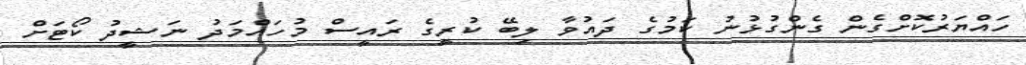
ހައްޔަރުކޮށްގެން ގެންގުޅުނު ކަމުގެ ދައުވާ ލިބޭ ކުރީގެ ރައީސް މުހައްމަދު ނަޝީދު ކޯޓަށް